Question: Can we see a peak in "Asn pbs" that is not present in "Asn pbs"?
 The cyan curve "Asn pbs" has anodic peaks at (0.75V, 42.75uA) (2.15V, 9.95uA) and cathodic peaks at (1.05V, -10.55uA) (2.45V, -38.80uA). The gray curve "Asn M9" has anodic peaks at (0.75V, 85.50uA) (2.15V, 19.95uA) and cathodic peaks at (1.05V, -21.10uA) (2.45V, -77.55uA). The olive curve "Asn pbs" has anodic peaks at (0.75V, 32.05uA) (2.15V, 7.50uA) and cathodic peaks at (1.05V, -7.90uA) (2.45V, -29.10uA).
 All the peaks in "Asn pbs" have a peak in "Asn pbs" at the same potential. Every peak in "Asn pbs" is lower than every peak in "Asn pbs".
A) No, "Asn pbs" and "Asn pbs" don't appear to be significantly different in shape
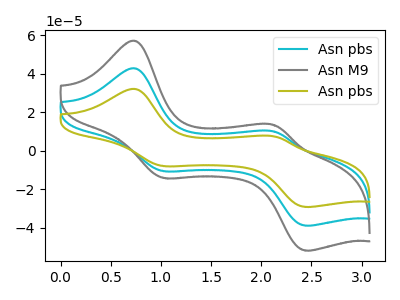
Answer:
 <answer>A) No, "Asn pbs" and "Asn pbs" don't appear to be significantly different in shape</answer>
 <eval>A</eval>